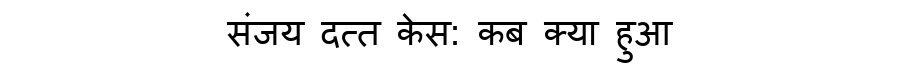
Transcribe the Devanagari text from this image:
संजय दत्त केस: कब क्या हुआ